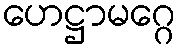
ဟေဋ္ဌာမဂ္ဂေ